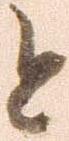
と